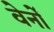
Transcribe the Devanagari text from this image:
वेर्नों